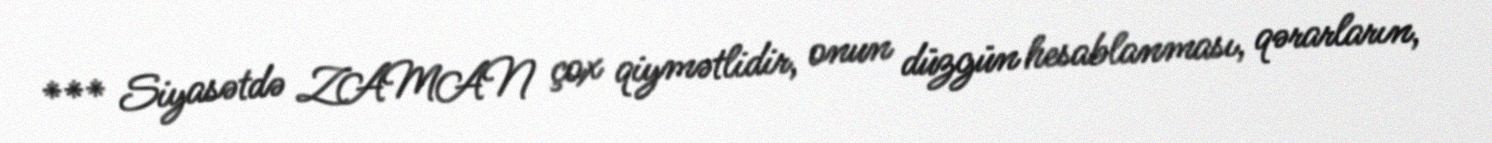
*** Siyasətdə ZAMAN çox qiymətlidir, onun düzgün hesablanması, qərarların,